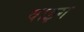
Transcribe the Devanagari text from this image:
वाइग